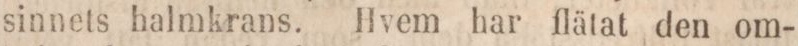
sinnets halmkrans. Hvem har flätat den om-